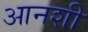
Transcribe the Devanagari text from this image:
आनशी